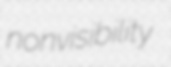
nonvisibility